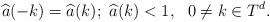
LaTeX: \begin{align*} \widehat{a}(-k)=\widehat{a}(k); ~\widehat{a}(k)<1, ~~ 0\neq k\in T^d.\end{align*}